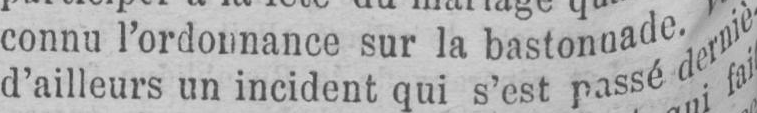
d’ailleurs un incident qui s’est passé derniè